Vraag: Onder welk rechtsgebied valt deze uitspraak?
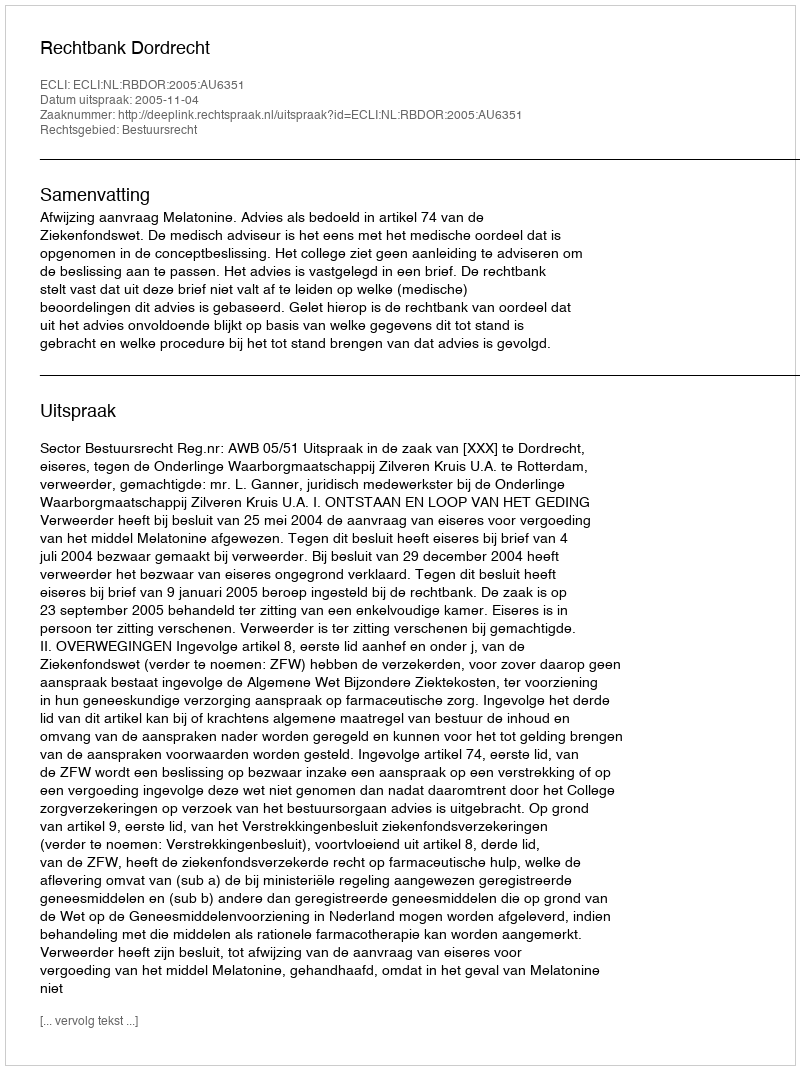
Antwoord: Bestuursrecht